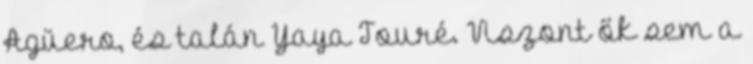
Agüero, és talán Yaya Touré. Viszont ők sem a